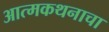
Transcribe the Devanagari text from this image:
आत्मकथनाचा